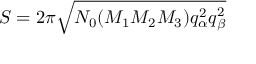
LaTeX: S = 2 \pi \sqrt { N _ { 0 } ( M _ { 1 } M _ { 2 } M _ { 3 } ) q _ { \alpha } ^ { 2 } q _ { \beta } ^ { 2 } }